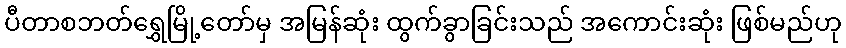
ပီတာစဘတ်ရွှေမြို့တော်မှ အမြန်ဆုံး ထွက်ခွာခြင်းသည် အကောင်းဆုံး ဖြစ်မည်ဟု